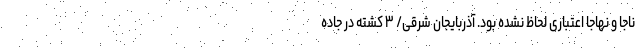
ناجا و نهاجا اعتباری لحاظ نشده بود. آذربایجان شرقی/ ۳ کشته در جاده